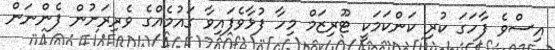
އިސްވެ ފާހަގަ ކުރި ކަންކަމަކީ ޓޫރިޒަމް މިހާ ފުޅާވެފައިވާ ގައުމެއްގެ ވެރިރަށުން ފެންނަން